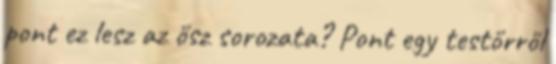
pont ez lesz az ősz sorozata? Pont egy testőrről